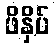
ဖိနှိပ်